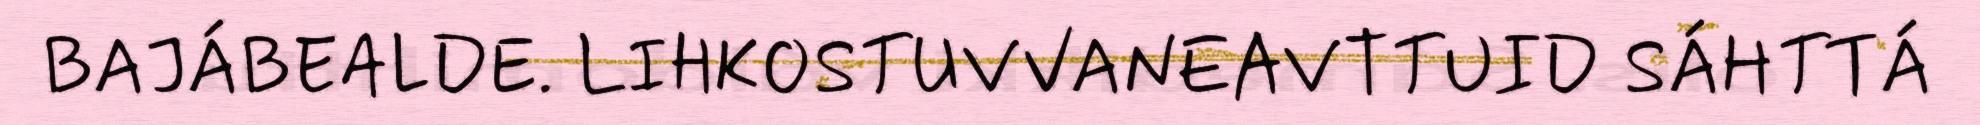
BAJÁBEALDE. LIHKOSTUVVANEAVTTUID SÁHTTÁ